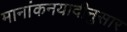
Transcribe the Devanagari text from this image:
मानांकनयादीनुसार